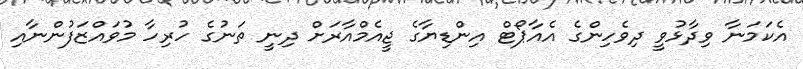
އެކަމަނާ ވިދާޅުވީ ދިވެހިންގެ އެއާޕޯޓް އިންޑިޔާގެ ޖީއެމްއާރަށް ދިނީ ތަނުގެ ހުރިހާ މުވައްޒަފުންނާއި